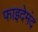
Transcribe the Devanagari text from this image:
फाइदेमंद